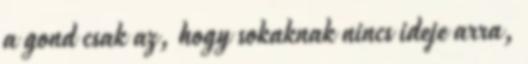
a gond csak az, hogy sokaknak nincs ideje arra,